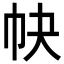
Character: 𢁪